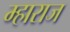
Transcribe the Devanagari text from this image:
म्हाराज